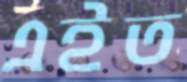
এইত